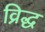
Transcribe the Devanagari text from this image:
व्रिद्ध